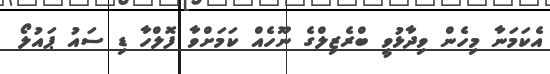
އެކަމަނާ މިހެން ވިދާޅުވީ ބްރެޒިލްގެ ނޫހެއް ކަމަށްވާ ފޮލްހާ ޑި ސައު ޕައުލޯ